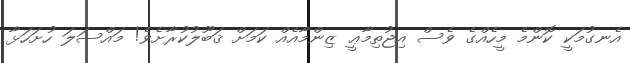
އެނގުމަކީ ކޮންމެ މީހެއްގެ ވެސް އިޖުތިމާޢީ ޒިންމާއެއް ކަމަށް ޤަބޫލުކުރާށެވެ! މައްސަލަ ހުށަހަޅާ